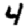
Digit: 4